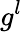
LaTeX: g^{l}